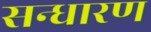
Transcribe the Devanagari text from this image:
सन्‍धारण